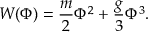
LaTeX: W ( \Phi ) = \frac { m } { 2 } \Phi ^ { 2 } + \frac { g } { 3 } \Phi ^ { 3 } .